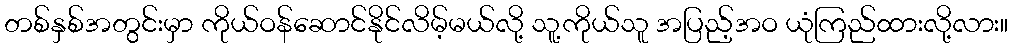
တစ်နှစ်အတွင်းမှာ ကိုယ်ဝန်ဆောင်နိုင်လိမ့်မယ်လို့ သူ့ကိုယ်သူ အပြည့်အဝ ယုံကြည်ထားလို့လား။